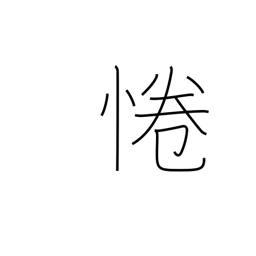
Meaning: be respectful